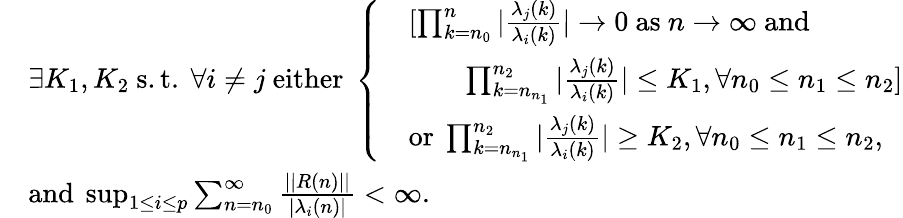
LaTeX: \begin{array}{rl}&{\exists K_{1},K_{2}\mathrm{~s.t.~}\forall i\neq j\mathrm{~either~}\left\{ \begin{array}{ll}&{[\prod_{k=n_{0}}^{n}|\frac{\lambda_{j}(k)}{\lambda_{i}(k)}|\to 0\mathrm{~as~}n\to\infty\mathrm{~and~}}\\ &{\qquad\prod_{k=n_{n_{1}}}^{n_{2}}|\frac{\lambda_{j}(k)}{\lambda_{i}(k)}|\leq K_{1},\forall n_{0}\leq n_{1}\leq n_{2}]}\\ &{\mathrm{or~}\prod_{k=n_{n_{1}}}^{n_{2}}|\frac{\lambda_{j}(k)}{\lambda_{i}(k)}|\geq K_{2},\forall n_{0}\leq n_{1}\leq n_{2},}\end{array}\right.}\\ &{\mathrm{and~}\operatorname*{sup}_{1\leq i\leq p}\sum_{n=n_{0}}^{\infty}\frac{||R(n)||}{|\lambda_{i}(n)|}<\infty.}\end{array}